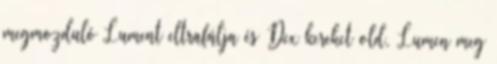
megmozduló Lument eltrafálja és Dex kereket old, Lumen meg